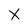
Character: X